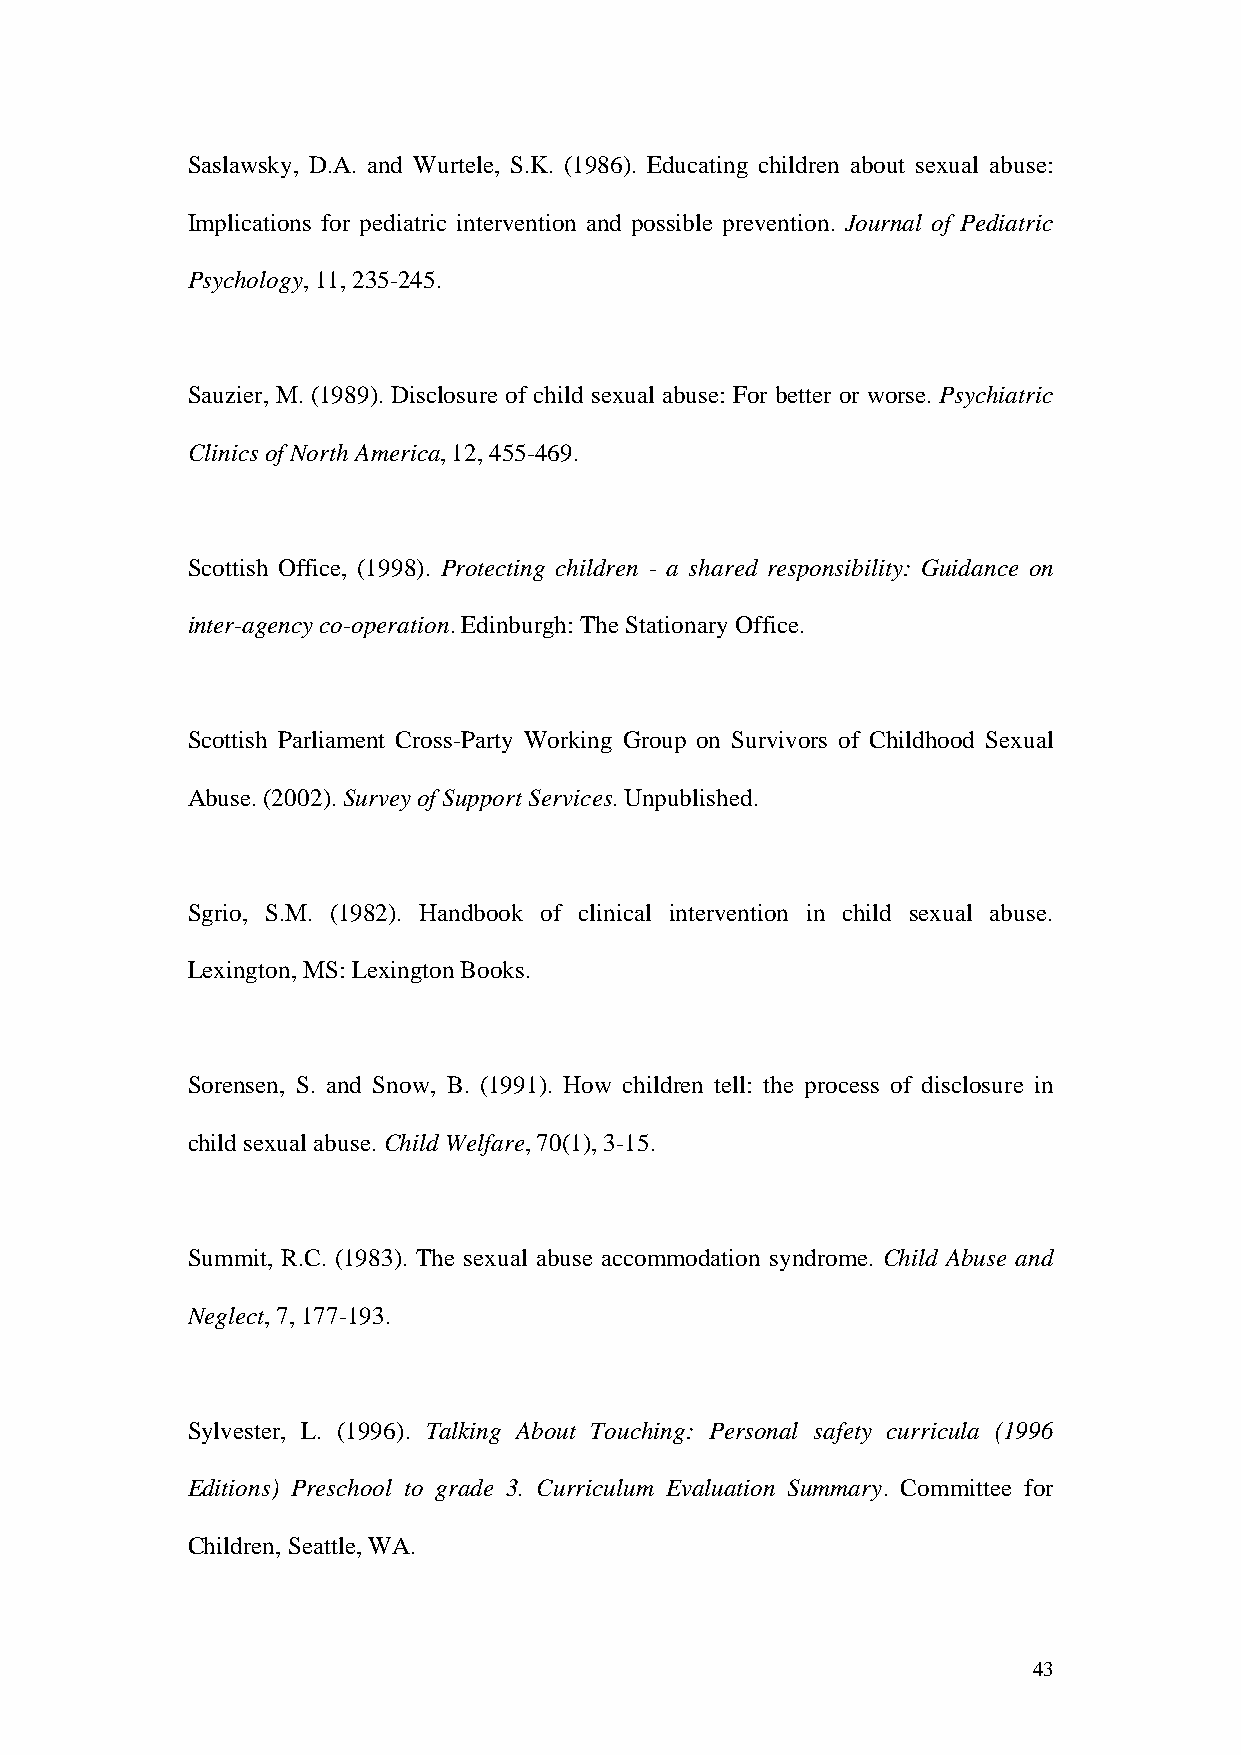
Saslawsky, D.A. and Wurtele, S.K. (1986). Educating children about sexual abuse:
 Implications for pediatric intervention and possible prevention. Journal of Pediatric
 Psychology, 11, 235-245.
 Sauzier, M. (1989). Disclosure of child sexual abuse: For better or worse. Psychiatric
 Clinics of North America, 12, 455-469.
 Scottish Office, (1998). Protecting children - a shared responsibility: Guidance on
 inter-agency co-operation. Edinburgh: The Stationary Office.
 Scottish Parliament Cross-Party Working Group on Survivors of Childhood Sexual
 Abuse. (2002). Survey of Support Services. Unpublished.
 Sgrio, S.M. (1982). Handbook of clinical intervention in child sexual abuse.
 Lexington, MS: Lexington Books.
 Sorensen, S. and Snow, B. (1991). How children tell: the process of disclosure in
 child sexual abuse. Child Welfare, 70(1), 3-15.
 Summit, R.C. (1983). The sexual abuse accommodation syndrome. Child Abuse and
 Neglect, 7, 177-193.
 Sylvester, L. (1996). Talking About Touching: Personal safety curricula (1996
 Editions) Preschool to grade 3. Curriculum Evaluation Summary. Committee for
 Children, Seattle, WA.
 43